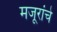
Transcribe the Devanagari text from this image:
मजूरांचे